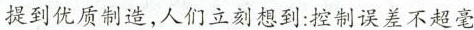
提到优质制造，人们立刻想到：控制误差不超毫